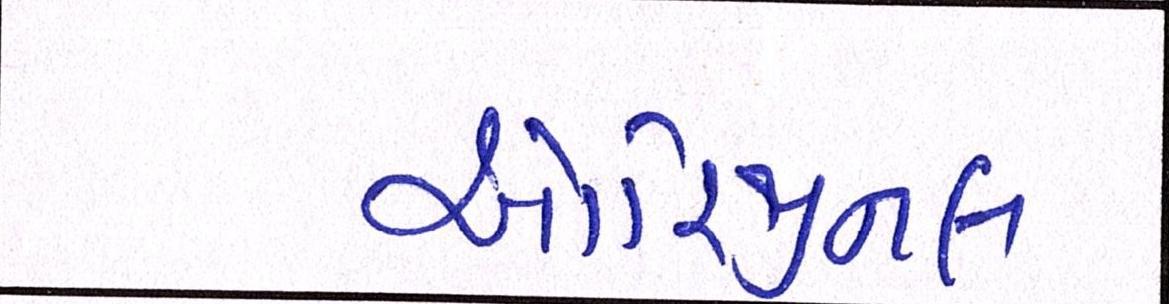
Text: ઓરિજીનલ